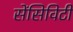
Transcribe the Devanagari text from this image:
सेंसिविटी